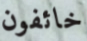
خائفون